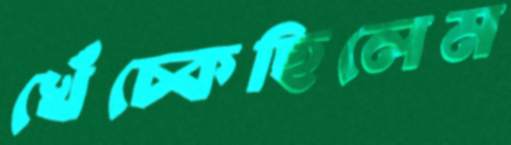
খেঁচ্‌কেছিলেম